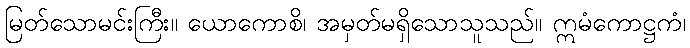
မြတ်သောမင်းကြီး။ ယောကောစိ၊ အမှတ်မရှိသောသူသည်။ ဣမံကောဋ္ဌကံ၊